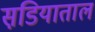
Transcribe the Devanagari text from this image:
सडि़याताल